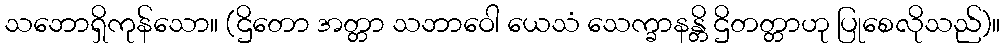
သဘောရှိကုန်သော။ (ဌိတော အတ္တာ သဘာဝေါ ယေသံ သေက္ခာနန္တိ ဌိတတ္တာဟု ပြုစေလိုသည်)။